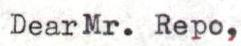
Dear Mr. Repo,